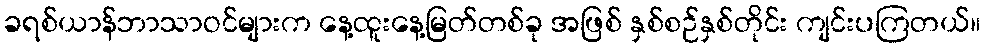
ခရစ်ယာန်ဘာသာဝင်များက နေ့ထူးနေ့မြတ်တစ်ခု အဖြစ် နှစ်စဉ်နှစ်တိုင်း ကျင်းပကြတယ်။